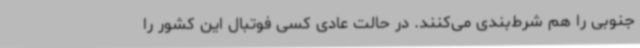
جنوبی را هم شرط‌بندی می‌کنند. در حالت عادی کسی فوتبال این کشور را